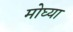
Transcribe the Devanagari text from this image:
मोघ्या